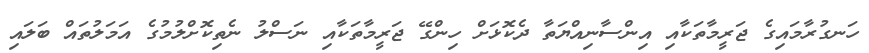
ހަނގުރާމައިގެ ޖަރީމާތަކާއި އިންސާނިއްޔަތާ ދެކޮޅަށް ހިންގޭ ޖަރީމާތަކާއި ނަސްލުު ނެތިކޮށްލުމުގެ އަމަލުތައް ބަލައި